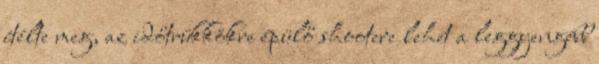
ítélte meg, az időtrükkökre épülő shootere lehet a leggyengébb